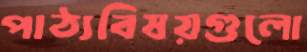
পাঠ্যবিষয়গুলো